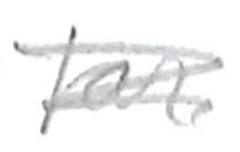
Text: far
Cross-out: scratch
Writing tool: pencil